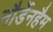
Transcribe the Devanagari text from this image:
नौर्डेनहैम